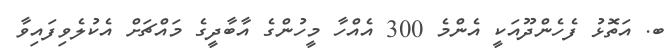
ބ. އަތޮޅު ފެހެންދޫއަކީ އެންމެ 300 އެއްހާ މީހުންގެ އާބާދީގެ މައްޗަށް އެކުލެވިފައިވާ